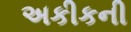
અકીકની